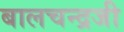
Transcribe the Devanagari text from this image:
बालचन्द्रजी